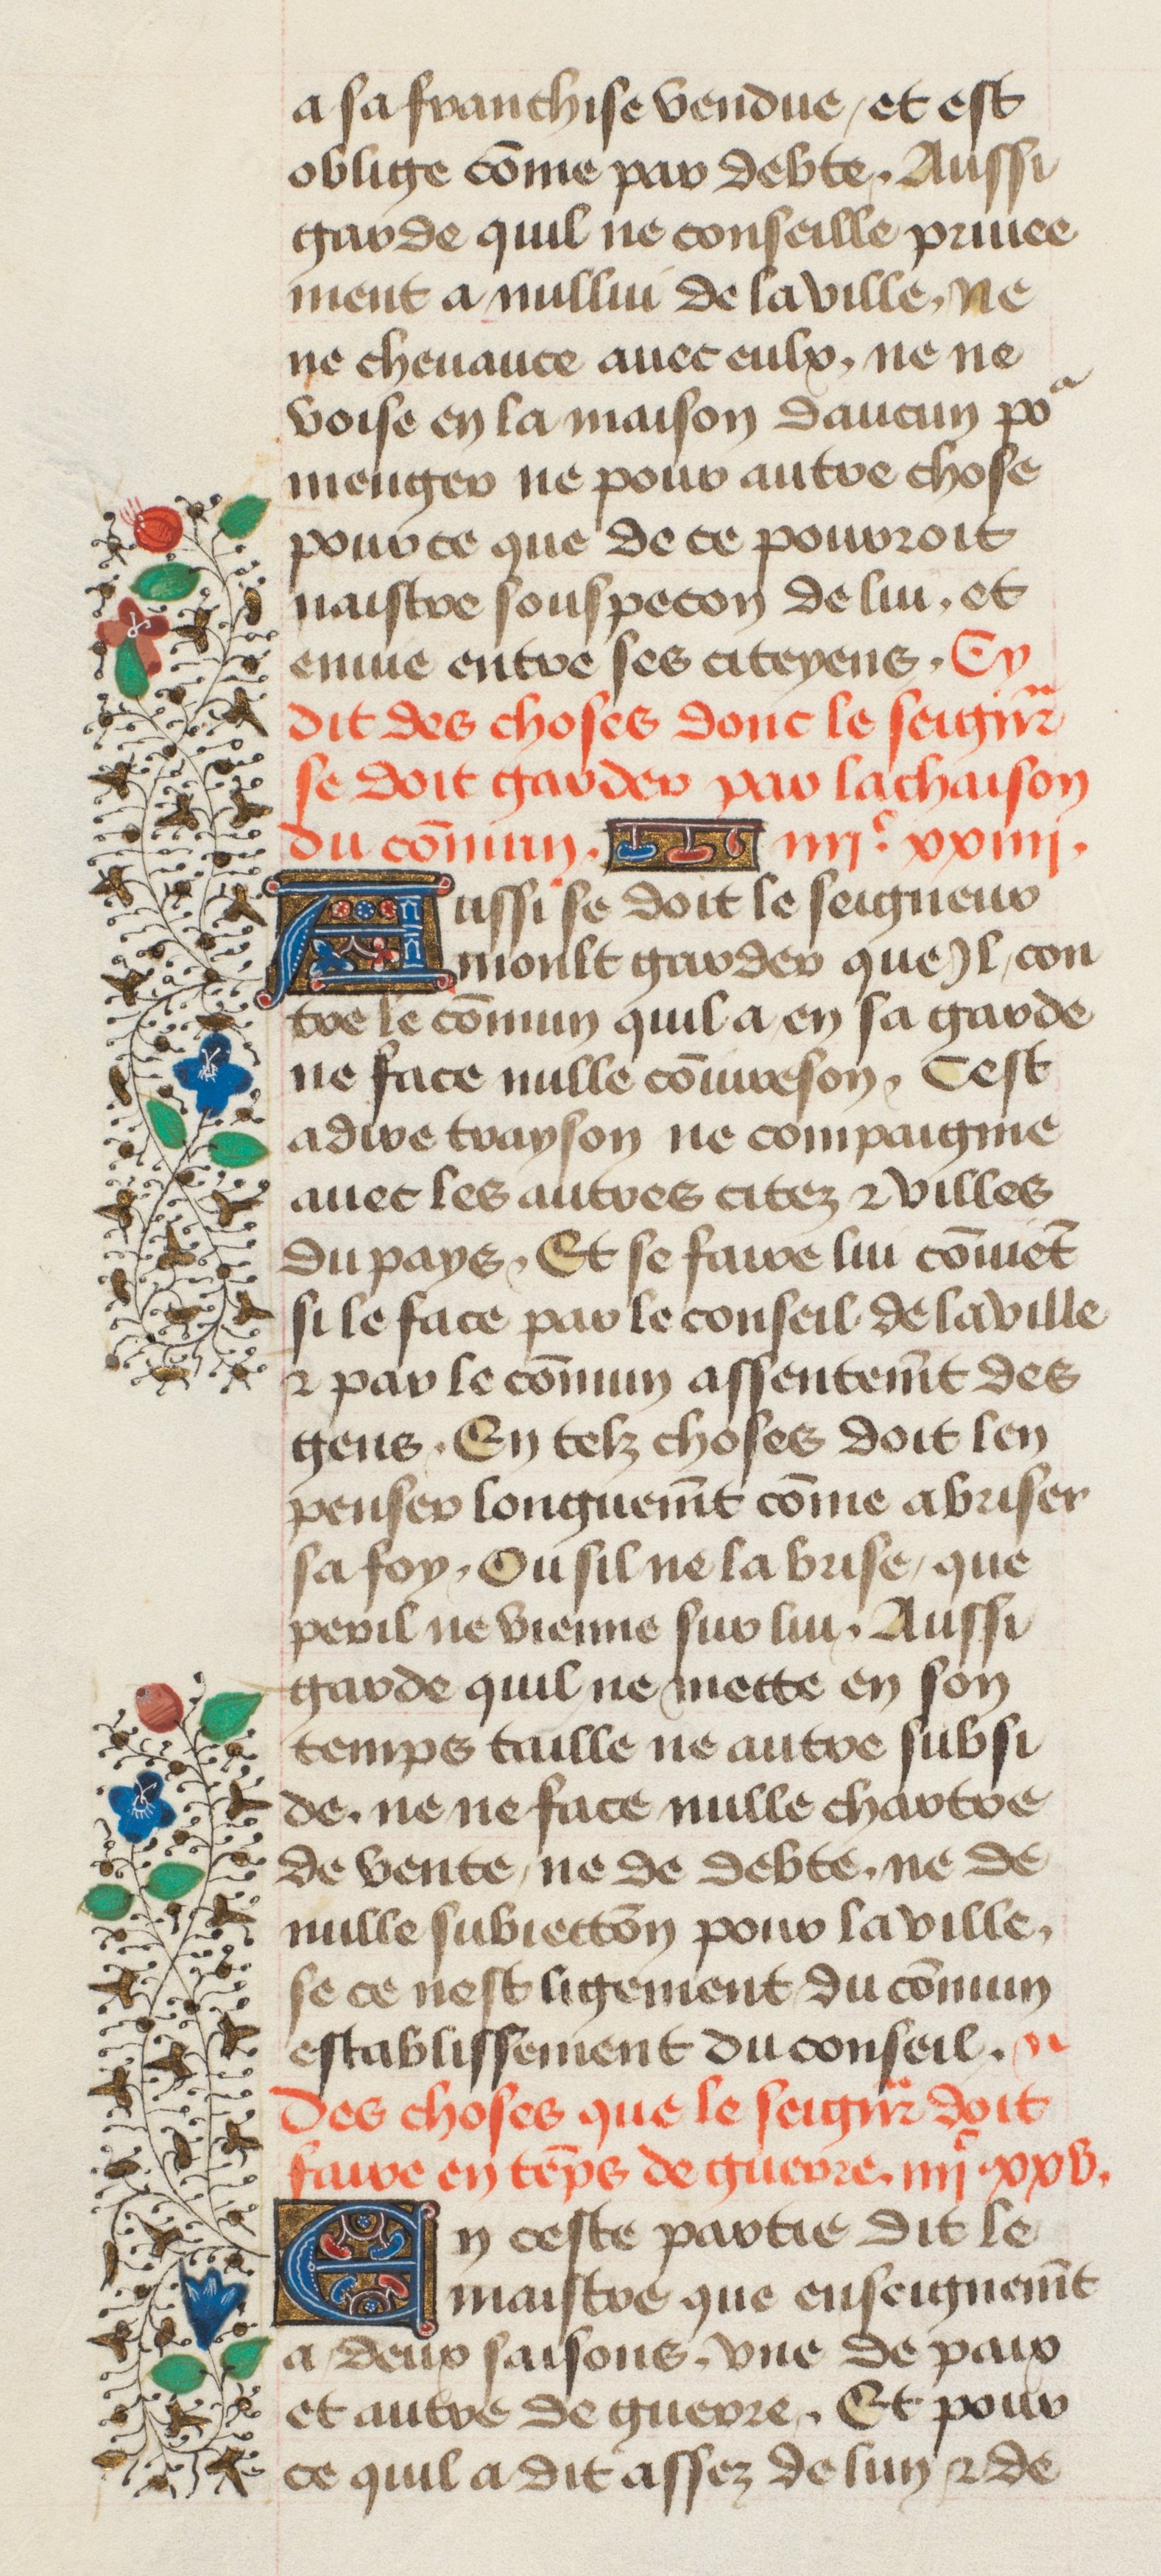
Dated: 1435–1495